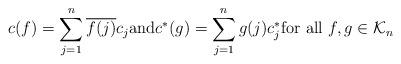
LaTeX: \begin{align*}c(f) = \sum_{j=1}^n \overline{f(j)} c_j \mbox{and} c^*(g) = \sum_{j=1}^n g(j) c_j^* \mbox{for all } f,g \in \mathcal{K}_n\end{align*}